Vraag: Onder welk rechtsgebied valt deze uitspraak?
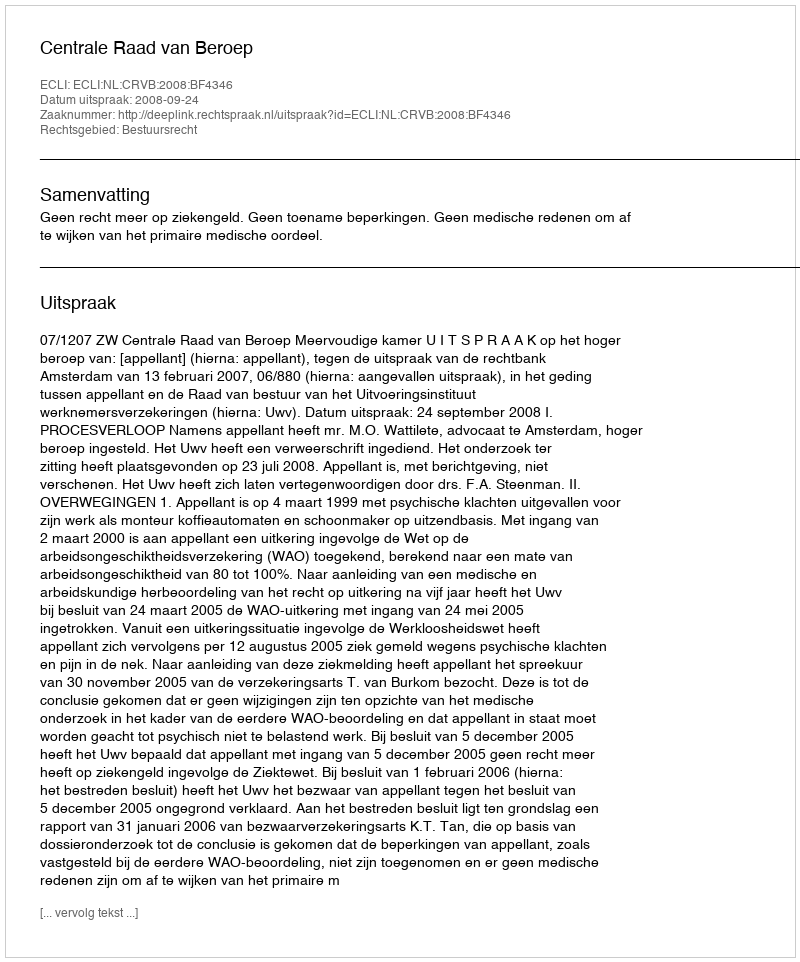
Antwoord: Bestuursrecht